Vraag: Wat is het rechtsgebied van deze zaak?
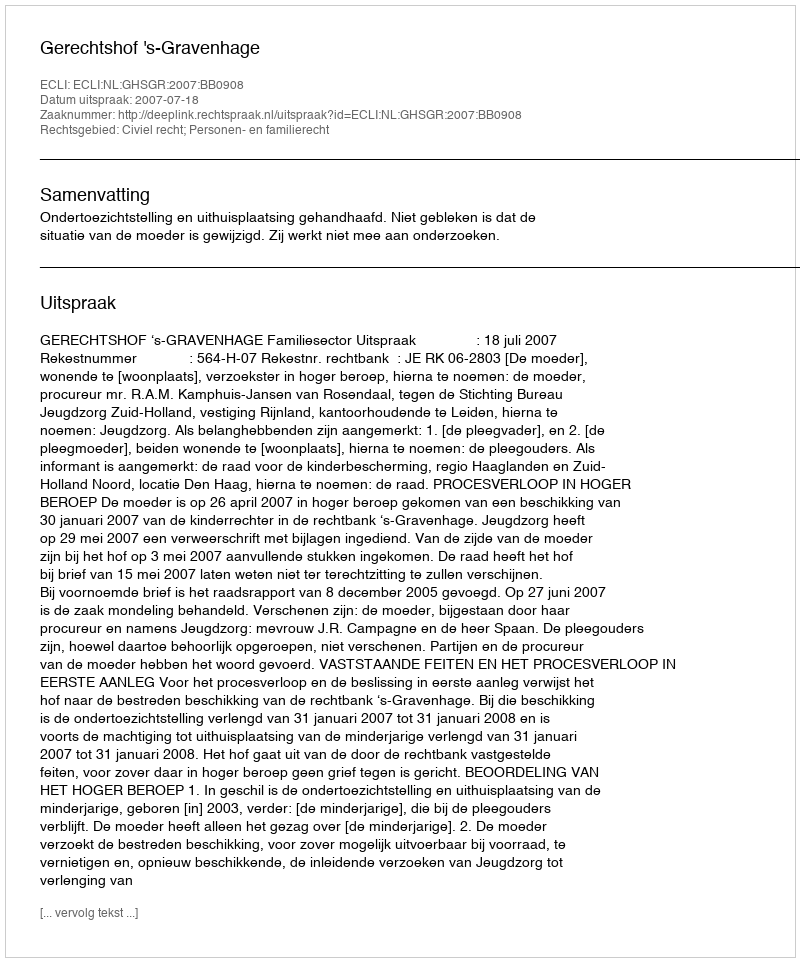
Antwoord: Civiel recht; Personen- en familierecht